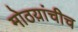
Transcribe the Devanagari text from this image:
मोठय़ांचीच